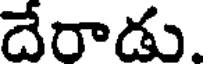
దేరాడు.